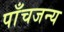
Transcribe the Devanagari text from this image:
पाँचजन्य